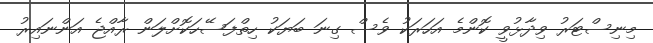
މިނިސްޓަރު ވިދާޅުވީ ކޮންމެ އަހަރަކު ވެސް ގިނަ ބަޔަކު ހިތްފަސޭހަކޮށްލަން ރާއްޖެ އަންނައިރު